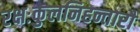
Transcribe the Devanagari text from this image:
रक्षःकुलनिहन्तारौ